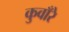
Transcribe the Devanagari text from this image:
कुवाँरे